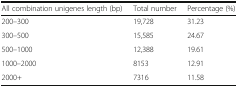
| All combination unigenes length (bp) | Total number | Percentage (%) |
 | --- | --- | --- |
 | 200–300 | 19,728 | 31.23 |
 | 300–500 | 15,585 | 24.67 |
 | 500–1000 | 12,388 | 19.61 |
 | 1000–2000 | 8153 | 12.91 |
 | 2000+ | 7316 | 11.58 |